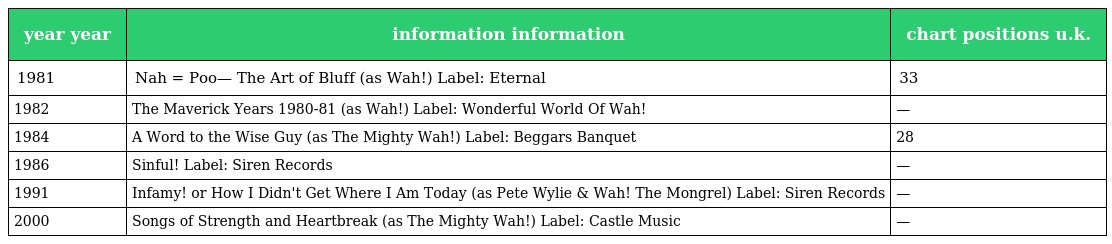
| year year | information information | chart positions u.k. |
 | --- | --- | --- |
 | 1981 | Nah = Poo— The Art of Bluff (as Wah!) Label: Eternal | 33 |
 | 1982 | The Maverick Years 1980-81 (as Wah!) Label: Wonderful World Of Wah! | — |
 | 1984 | A Word to the Wise Guy (as The Mighty Wah!) Label: Beggars Banquet | 28 |
 | 1986 | Sinful! Label: Siren Records | — |
 | 1991 | Infamy! or How I Didn't Get Where I Am Today (as Pete Wylie & Wah! The Mongrel) Label: Siren Records | — |
 | 2000 | Songs of Strength and Heartbreak (as The Mighty Wah!) Label: Castle Music | — |